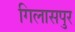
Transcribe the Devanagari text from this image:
गिलासपुर